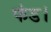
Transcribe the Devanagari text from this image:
फंड।